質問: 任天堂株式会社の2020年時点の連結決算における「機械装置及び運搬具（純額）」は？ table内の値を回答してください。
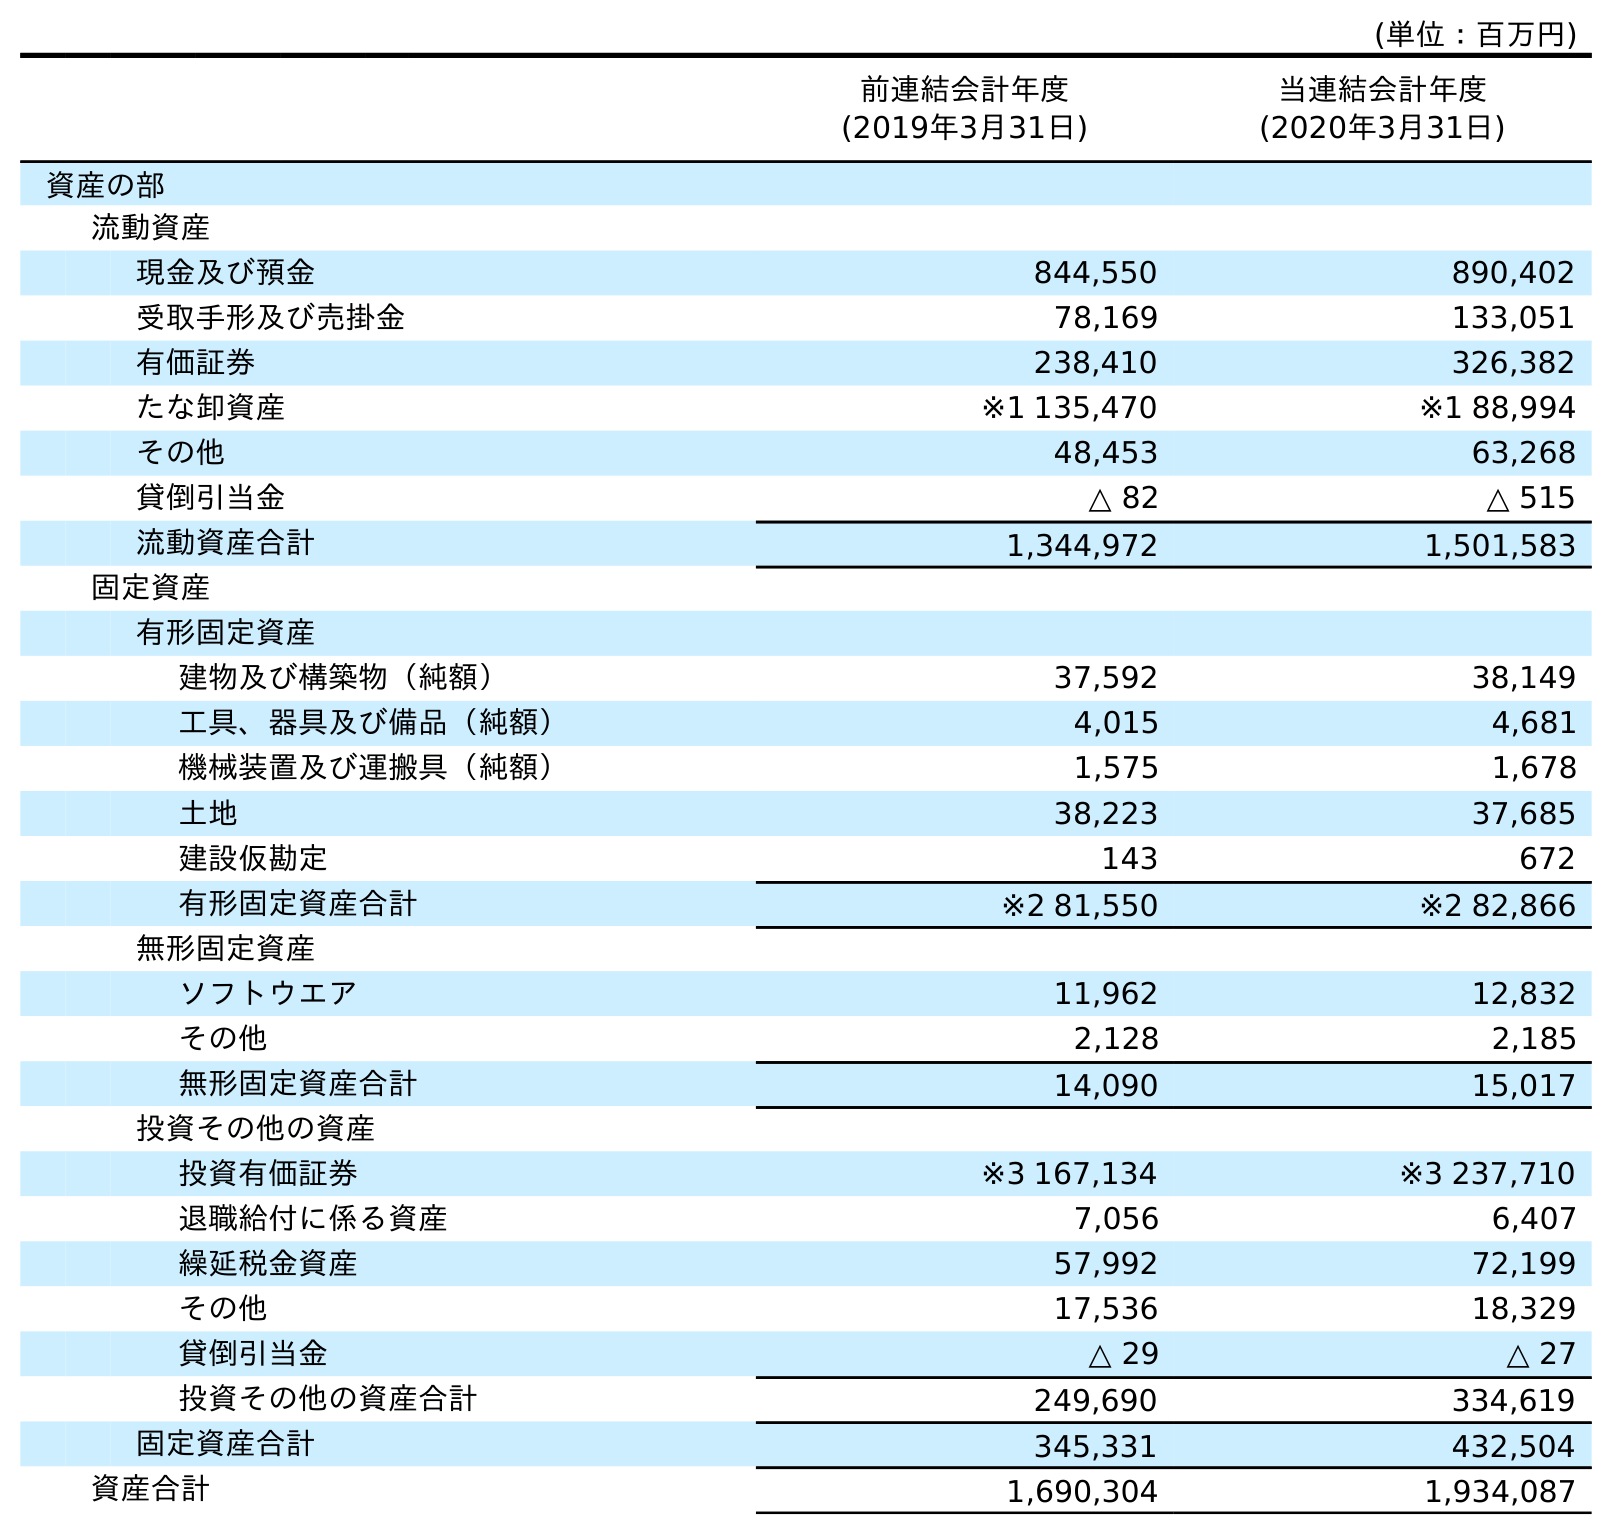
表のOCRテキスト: (単位：百万円) 前連結会計年度 (2019年3月31日) 当連結会計年度 (2020年3月31日) 資産の部 流動資産 現金及び預金 844,550 890,402 受取手形及び売掛金 78,169 133,051 有価証券 238,410 326,382 たな卸資産 ※1 135,470 ※1 88,994 その他 48,453 63,268 貸倒引当金 △ 82 △ 515 流動資産合計 1,344,972 1,501,583 固定資産 有形固定資産 建物及び構築物（純額） 37,592 38,149 工具、器具及び備品（純額） 4,015 4,681 機械装置及び運搬具（純額） 1,575 1,678 土地 38,223 37,685 建設仮勘定 143 672 有形固定資産合計 ※2 81,550 ※2 82,866 無形固定資産 ソフトウエア 11,962 12,832 その他 2,128 2,185 無形固定資産合計 14,090 15,017 投資その他の資産 投資有価証券 ※3 167,134 ※3 237,710 退職給付に係る資産 7,056 6,407 繰延税金資産 57,992 72,199 その他 17,536 18,329 貸倒引当金 △ 29 △ 27 投資その他の資産合計 249,690 334,619 固定資産合計 345,331 432,504 資産合計 1,690,304 1,934,087
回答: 1,678